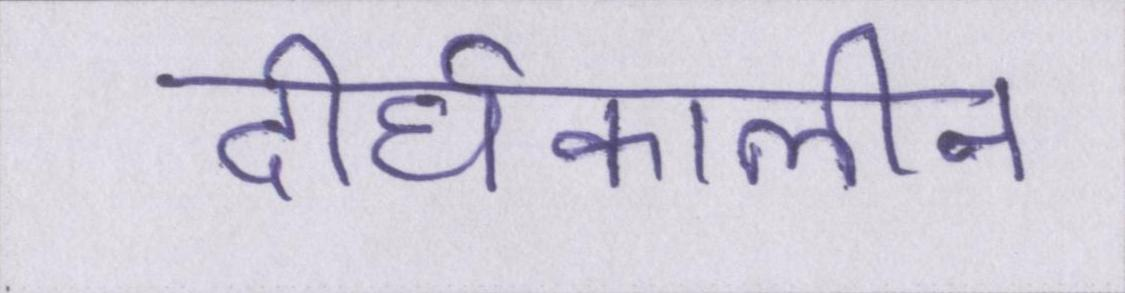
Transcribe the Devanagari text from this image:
दीर्घकालीन